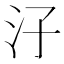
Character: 汓